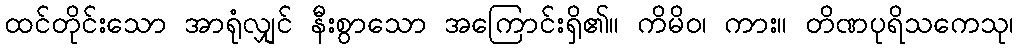
ထင်တိုင်းသော အာရုံလျှင် နီးစွာသော အကြောင်းရှိ၏။ ကိမိဝ၊ ကား။ တိဏပုရိသကေသု၊